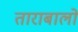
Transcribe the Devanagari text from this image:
ताराबालो